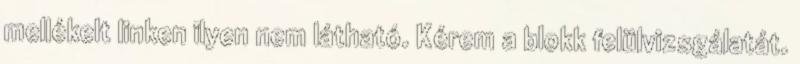
mellékelt linken ilyen nem látható. Kérem a blokk felülvizsgálatát.